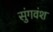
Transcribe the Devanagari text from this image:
सुंगवंश